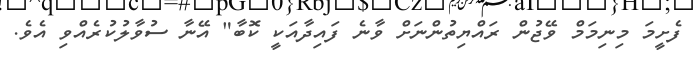
ފެށީމަ މިނިމަމް ވޭޖުން ރައްޔިތުންނަށް ވާނެ ފައިދާއަކީ ކޮބާ" އޭނާ ސުވާލުކުރެއްވި އެވެ.